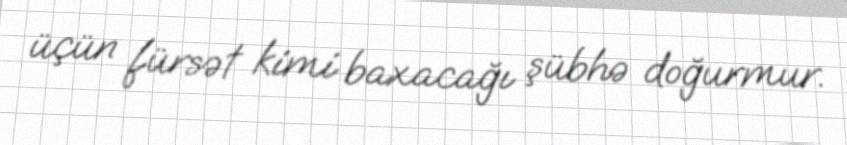
üçün fürsət kimi baxacağı şübhə doğurmur.